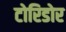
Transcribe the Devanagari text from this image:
टोरिडोर